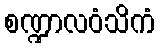
စဏ္ဍာလဝံသိကံ